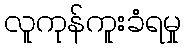
လူကုန်ကူးခံရမှု